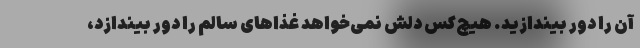
آن را دور بیندازید. هیچ‌کس دلش نمی‌خواهد غذاهای سالم را دور بیندازد،